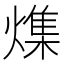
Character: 𪹯